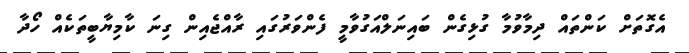
އެގޮތަށް ކަންތައް ދިމާވުމާ ގުޅިގެން ބައިނަލްއަގުވާމީ ފެންވަރުގައި ރާއްޖެއިން ގިނަ ކާމިޔާބީތަކެއް ހޯދާ